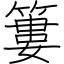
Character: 簍